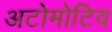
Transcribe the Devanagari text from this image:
अटोमोटिव